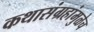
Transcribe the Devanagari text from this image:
कथासंग्रहांमुळेच